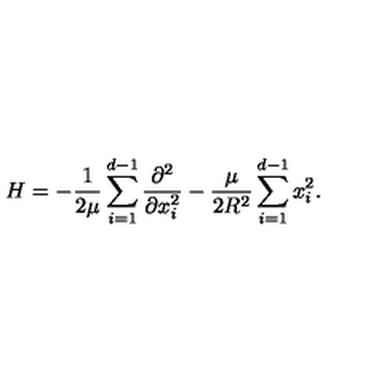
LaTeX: H = - \frac { 1 } { 2 \mu } \sum _ { i = 1 } ^ { d - 1 } \frac { \partial ^ { 2 } } { \partial x _ { i } ^ { 2 } } - \frac { \mu } { 2 R ^ { 2 } } \sum _ { i = 1 } ^ { d - 1 } x _ { i } ^ { 2 } .